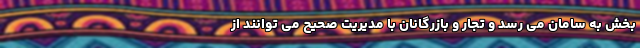
بخش به سامان می رسد و تجار و بازرگانان با مدیریت صحیح می توانند از